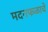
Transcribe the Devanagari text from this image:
मदनफळाचे